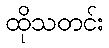
ထိုသတင်း